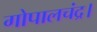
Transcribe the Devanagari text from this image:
गोपालचंद्र।